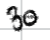
Text: 30
Cross-out: single-line
Writing tool: digital_black